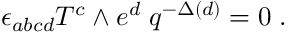
\; \epsilon _ { a b c d } { \cal T } ^ { c } \wedge e ^ { d } \; q ^ { - \Delta ( d ) } = 0 \; .